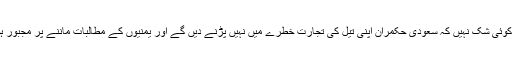
لہذا اس میں کوئی شک نہیں کہ سعودی حکمران اپنی تیل کی تجارت خطرے میں نہیں پڑنے دیں گے اور یمنیوں کے مطالبات ماننے پر مجبور ہو جائیں گے۔